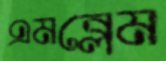
এমব্লেম